Lunatic asylums Central Provinces reports 1910-1926 - 1910-1926
Year: 1910
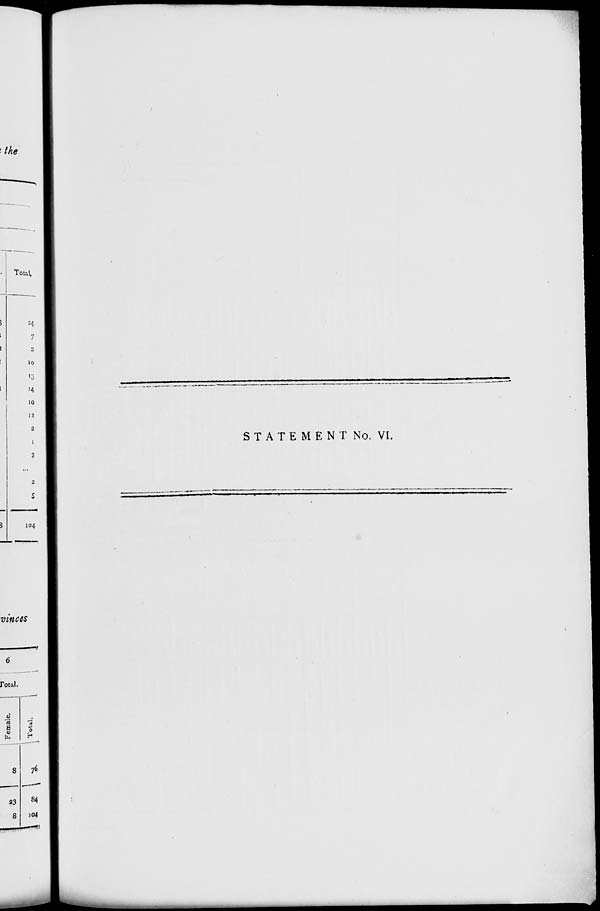
STATEMENT No. VI.